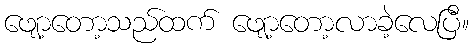
ဖျော့တော့သည်ထက် ဖျော့တော့လာခဲ့လေပြီ။